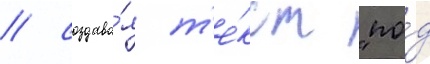
/ создава́я т'е́кст "по́д